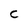
Character: c